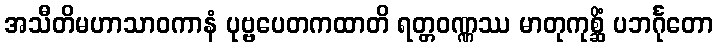
အသီတိမဟာသာဝကာနံ ပုဗ္ဗပေတကထာတိ ရတ္တဝဏ္ဏဿ မာတုကုစ္ဆိံ ပဘင်္ဂုတော